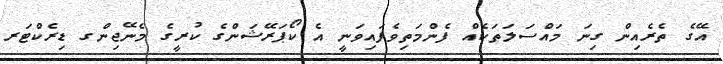
އޭގެ ތެރެއިން ގިނަ މައްސަލަތަކެއް ފެންމަތިވެފައިވަނީ އެ ކޯޕަރޭޝަންގެ ކުރީގެ މެނޭޖިންގ ޑިރެކްޓަރ